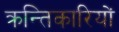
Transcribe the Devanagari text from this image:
क्रन्तिकारियों